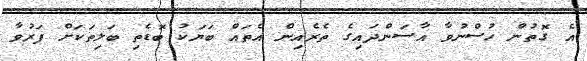
އެ ގޮތުން ހުސްނުވާ އާސަންދައިގެ ތެރެއިން އެތައް ބަޔަކު ބޮޑެތި ބަލިތަކަށް ފަރުވާ